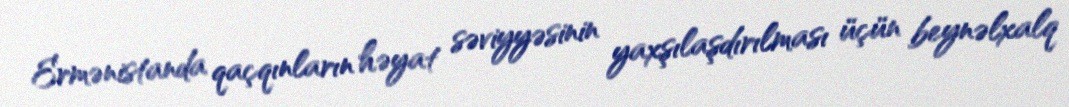
Ermənistanda qaçqınların həyat səviyyəsinin yaxşılaşdırılması üçün beynəlxalq